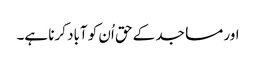
اور مساجد کے حق اُن کو آباد کرنا ہے۔